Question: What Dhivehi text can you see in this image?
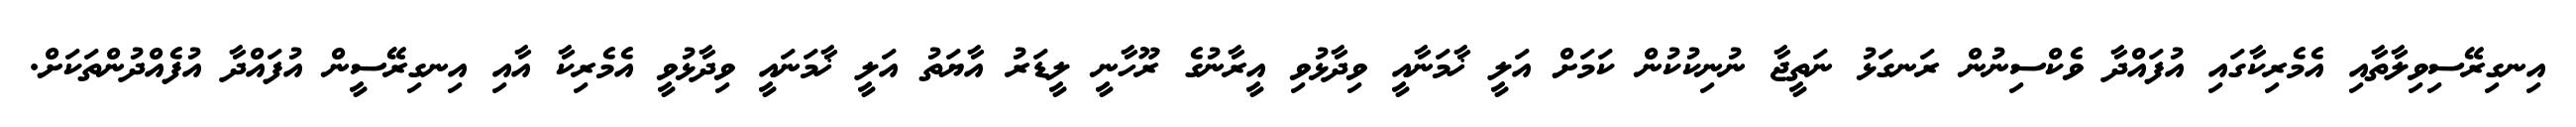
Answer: އިނގިރޭސިވިލާތާއި އެމެރިކާގައި އުފައްދާ ވެކްސިނުން ރަނގަޅު ނަތީޖާ ނުނިކުކުން ކަމަށް އަލީ ޚާމަނާއީ ވިދާޅުވި އީރާނުގެ ރޫހާނީ ލީޑަރު އާޔަތު އަލީ ޚާމަނައީ ވިދާޅުވީ އެމެރިކާ އާއި އިނގިރޭސީން އުފައްދާ އުފެއްދުންތަކަށް.